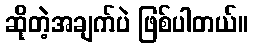
ဆိုတဲ့အချက်ပဲ ဖြစ်ပါတယ်။